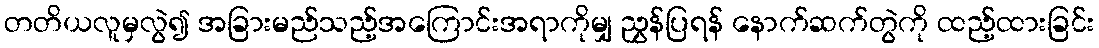
တတိယလူမှလွဲ၍ အခြားမည်သည့်အကြောင်းအရာကိုမျှ ညွှန်ပြရန် နောက်ဆက်တွဲကို ထည့်ထားခြင်း